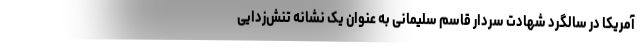
آمریکا در سالگرد شهادت سردار قاسم سلیمانی به عنوان یک نشانه تنش‌زدایی